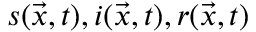
s ( \Vec { x } , t ) , i ( \Vec { x } , t ) , r ( \Vec { x } , t )